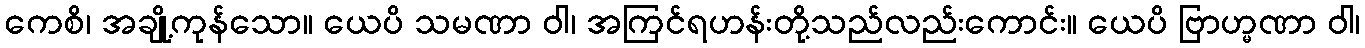
ကေစိ၊ အချို့ကုန်သော။ ယေပိ သမဏာ ဝါ၊ အကြင်ရဟန်းတို့သည်လည်းကောင်း။ ယေပိ ဗြာဟ္မဏာ ဝါ၊